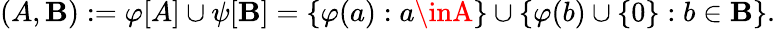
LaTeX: (A,\mathbf{B}):=\varphi[A]\cup\psi[\mathbf{B}]=\{ \varphi(a):a\inA\} \cup\{ \varphi(b)\cup\{ 0\} :b\in\mathbf{B}\} .